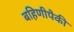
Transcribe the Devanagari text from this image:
बहिणीपैकी